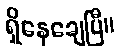
ရှိနေချေပြီ။